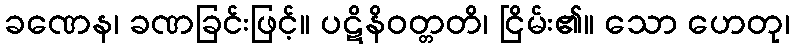
ခဏေန၊ ခဏခြင်းဖြင့်။ ပဋိနိဝတ္တတိ၊ ငြိမ်း၏။ သော ဟေတု၊